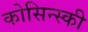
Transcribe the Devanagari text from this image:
कोसिन्स्की